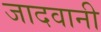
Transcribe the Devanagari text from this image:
जादवानी